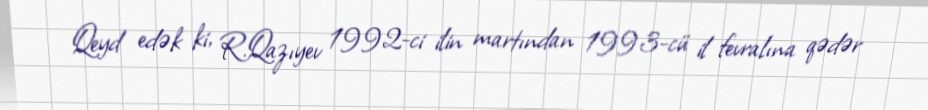
Qeyd edək ki, R.Qazıyev 1992-ci ilin martından 1993-cü il fevralına qədər